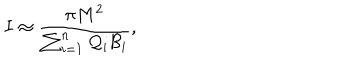
LaTeX: I \approx { \frac { \pi M ^ { 2 } } { \sum _ { i = 1 } ^ { n } { \cal Q } _ { i } { \cal B } _ { i } } } ,